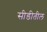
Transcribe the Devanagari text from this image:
सीडीतील